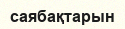
саябақтарын